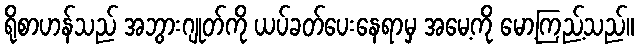
ရိုစာဟန်သည် အဘွားဂျုတ်ကို ယပ်ခတ်ပေးနေရာမှ အမေ့ကို မော့ကြည့်သည်။